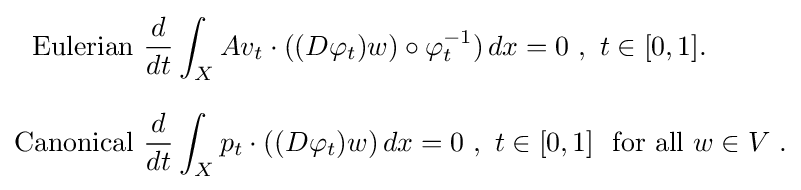
{\begin{aligned}{\text{Eulerian }}&{\frac {d}{dt}}\int _{X}Av_{t}\cdot ((D\varphi _{t})w)\circ \varphi _{t}^{-1})\,dx=0\ ,\ t\in [0,1].\\[8pt]{\text{Canonical }}&{\frac {d}{dt}}\int _{X}p_{t}\cdot ((D\varphi _{t})w)\,dx=0\ ,\ t\in [0,1]\ {\text{ for all}}\ w\in V\ .\end{aligned}}